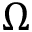
\Omega